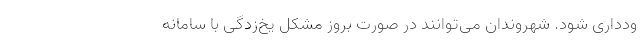
ودداری شود. شهروندان می‌توانند در صورت بروز مشکل یخ‌زدگی با سامانه